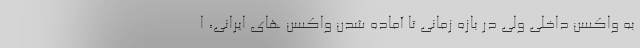
به واکسن داخلی ولی در بازه زمانی تا آماده شدن واکسن های ایرانی، ا